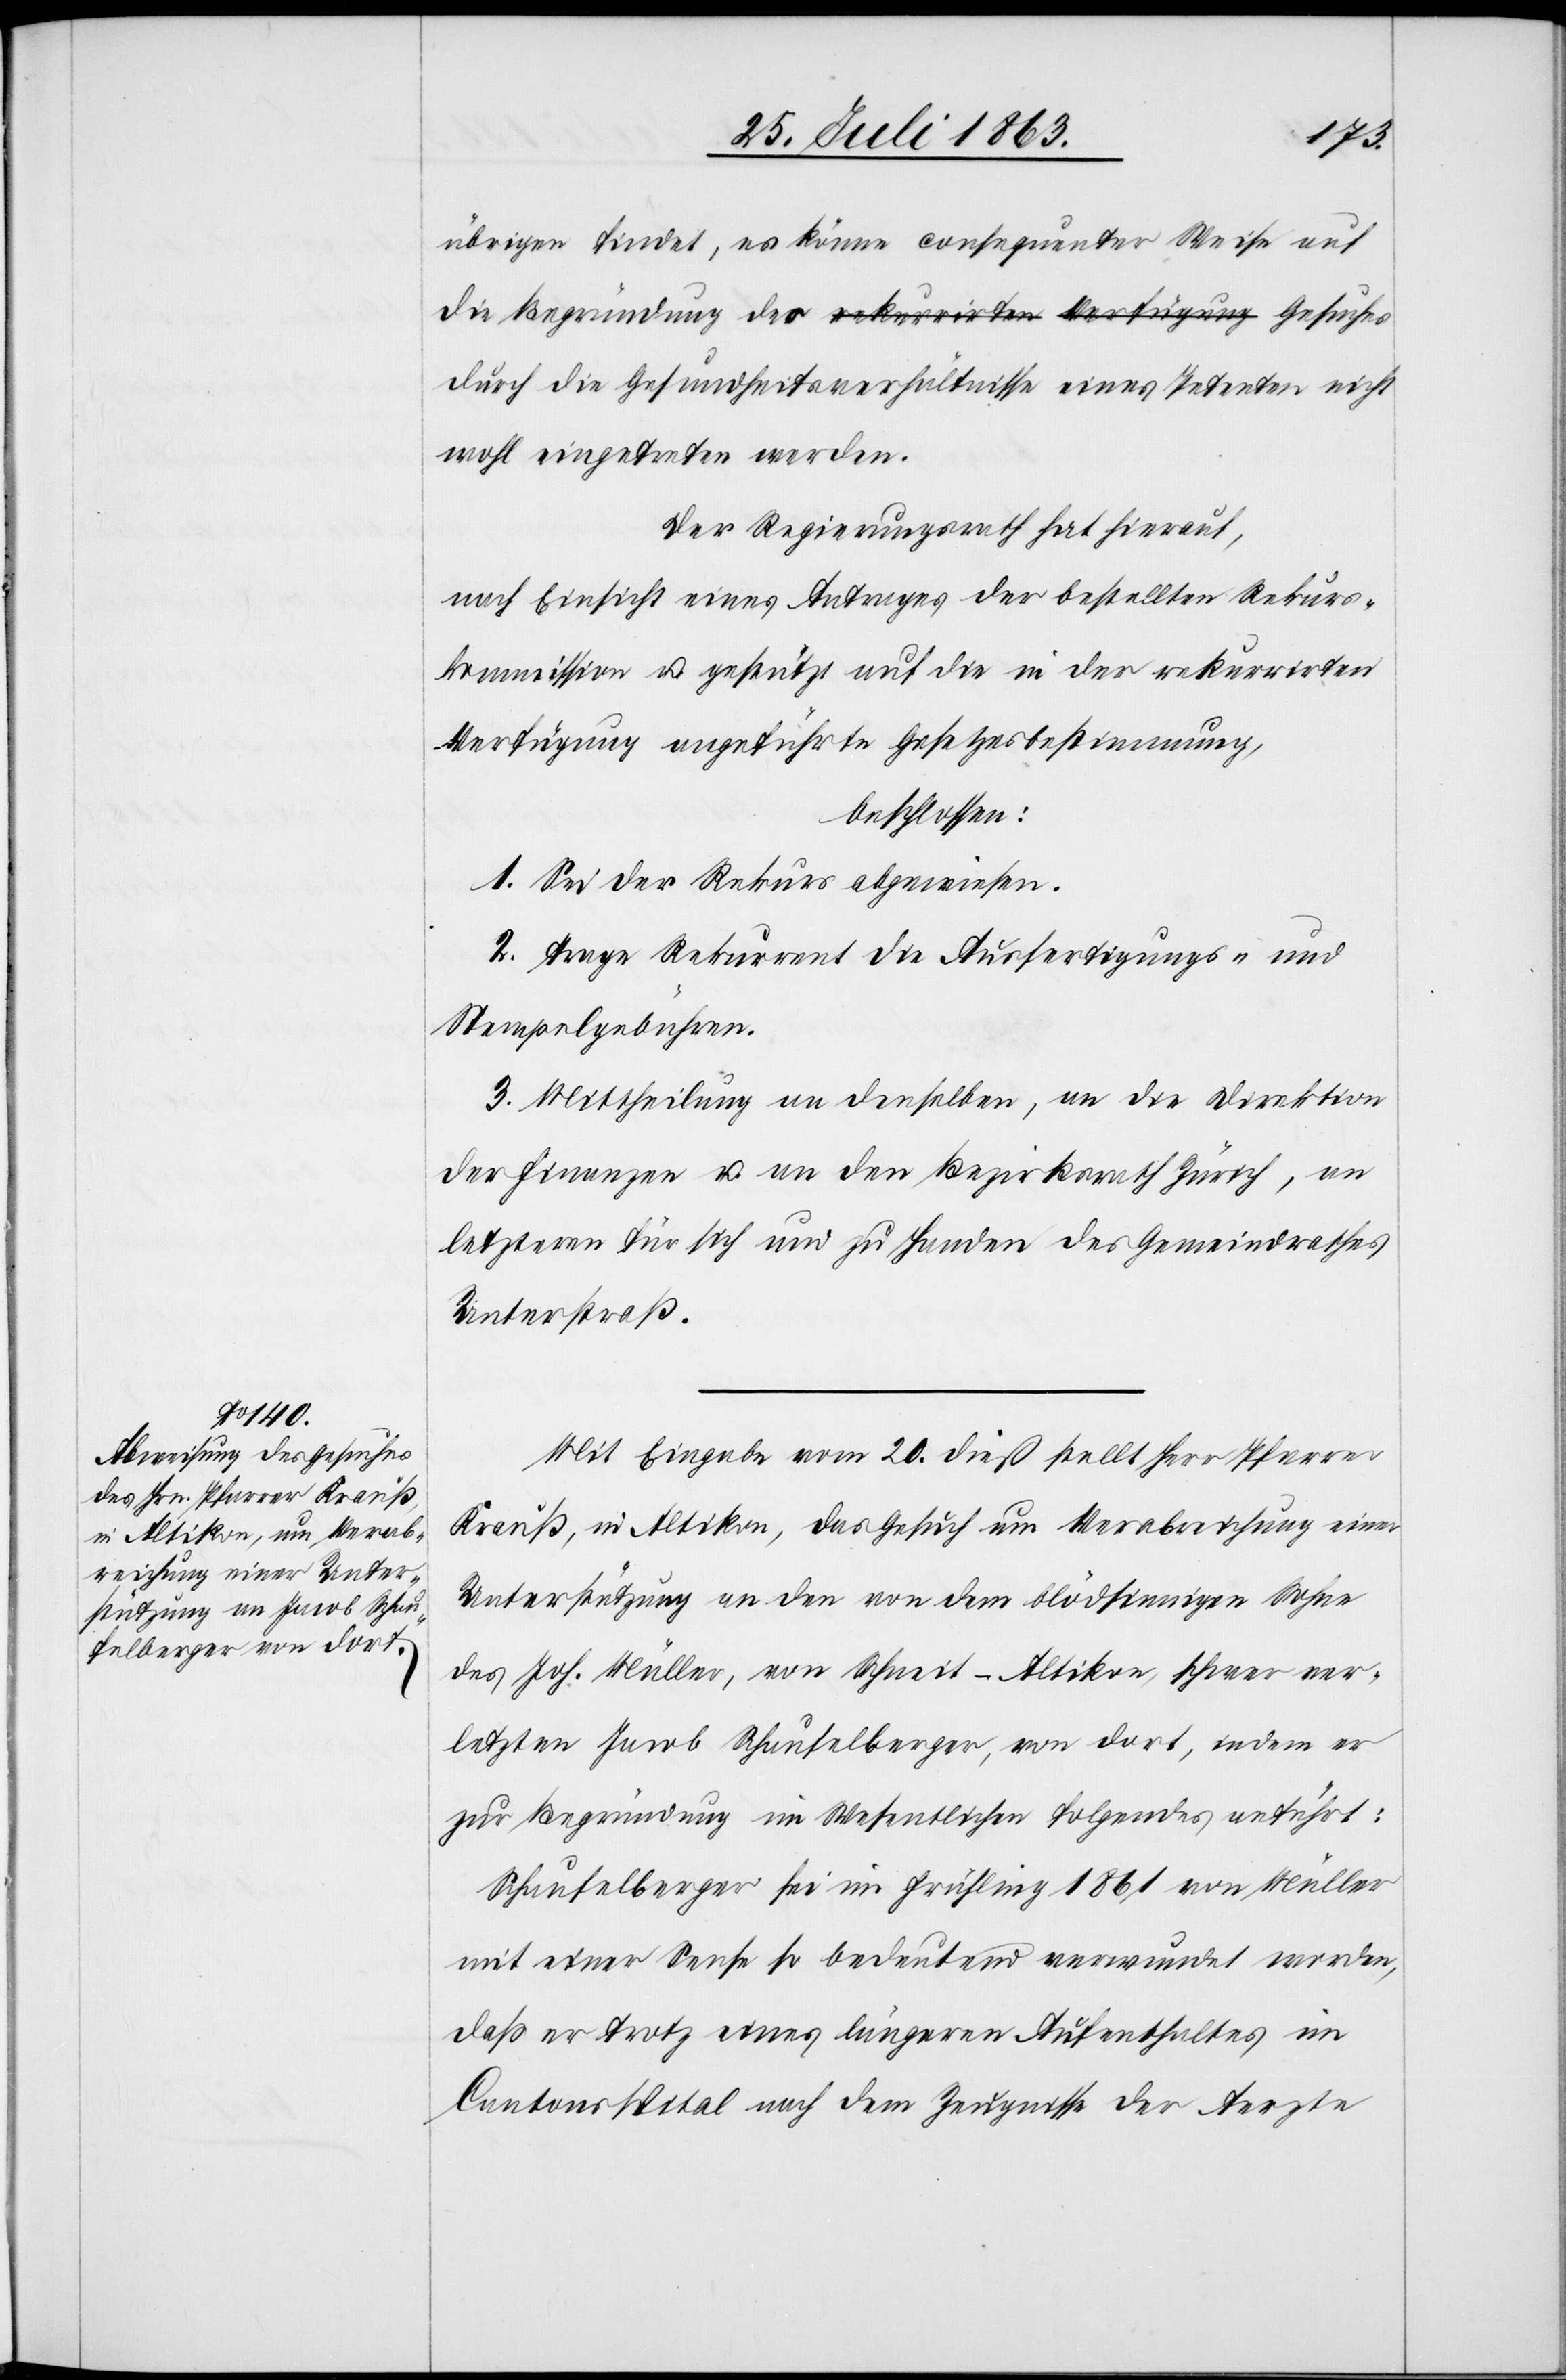
Begründung des Gesuches

die
übrigen findet, es könne consequenter Weise auf
durch die Gesundheitsverhältnisse eines Petenten nicht
wohl eingetreten werden.
Der Regierungsrath hat hierauf,
nach Einsicht eines Antrages der bestellten Rekurs¬
kommission u. gestützt auf die in der rekurrirten
Verfügung angeführte Gesetzesbestimmung,
beschlossen:
1. Sei der Rekurs abgewiesen.
2. Trage Rekurrent die Ausfertigungs- und
Stempelgebühren.
3. Mittheilung an denselben, an die Direktion
der Finanzen u. an den Bezirksrath Zürich, an
letzteren für sich und zu Handen des Gemeindrathes
Unterstraß.
Mit Eingabe vom 20. dieß stellt Herr Pfarrer
Krauß, in Altikon, das Gesuch um Verabreichung einer
Unterstützung an den von dem blödsinnigen Sohne
des Joh. Müller, von Schneit-Altikon, schwer ver¬
letzten Jacob Schaufelberger, von dort, indem er
zur Begründung im Wesentlichen folgendes anführt:
Schaufelberger sei im Frühling 1861 von Müller
mit einer Sense so bedeutend verwundet worden,
daß er trotzt eines längeren Aufenthaltes im
Cantonsspital nach dem Zeugnisse der Aerzte